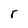
Character: r